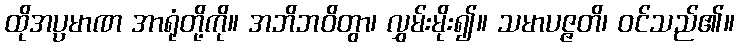
ထိုအပ္ပမာဏ အာရုံတို့ကို။ အဘိဘဝိတွာ၊ လွှမ်းမိုး၍။ သမာပဇ္ဇတိ၊ ဝင်သည်၏။